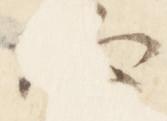
必